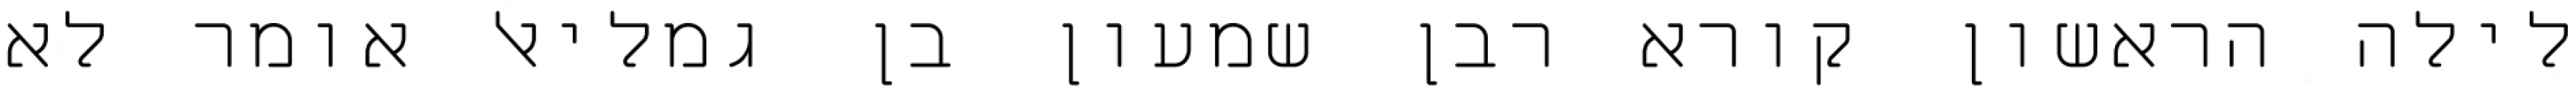
לילה הראשון קורא רבן שמעון בן גמליאל אומר לא